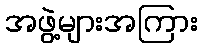
အဖွဲ့များအကြား